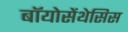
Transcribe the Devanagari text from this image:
बॉयोसेंथेसिस